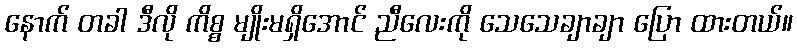
နောက် တခါ ဒီလို ကိစ္စ မျိုးမရှိအောင် ညီလေးကို သေသေချာချာ ပြော ထားတယ်။